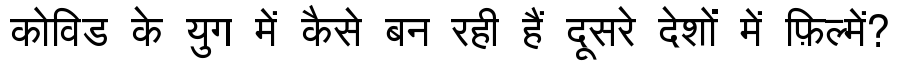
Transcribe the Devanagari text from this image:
कोविड के युग में कैसे बन रही हैं दूसरे देशों में फ़िल्में?